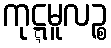
ကုဋ္ဋမူလဉ္စ